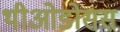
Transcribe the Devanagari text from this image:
थीओडोसस